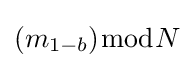
(m_{1-b}){\bmod {N}}